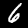
Digit: 6